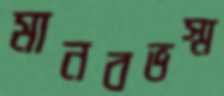
মানবভস্ম